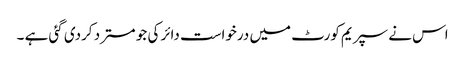
اس نے سپریم کورٹ میں درخواست دائر کی جو مسترد کردی گئی ہے ۔